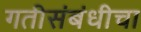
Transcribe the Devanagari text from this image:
गतीसंबंधीचा